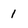
Character: 1